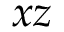
x z